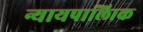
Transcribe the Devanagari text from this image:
न्यायपालिाक